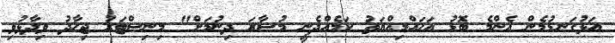
އަޅުގަނޑުމެން އެންމެ ބޮޑު އަހައްމިއްޔަތު ކަމެއްދެނީ މުސާރަ ދިނުމަށް" މިނިސްޓަރު ޖިހާދު ވިދާޅުވި